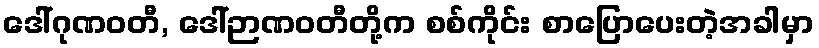
ဒေါ်ဂုဏဝတီ, ဒေါ်ဉာဏဝတီတို့က စစ်ကိုင်း စာပြောပေးတဲ့အခါမှာ